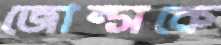
জোন্সকে